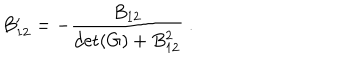
B _ { 1 2 } ^ { \prime } = - { \frac { B _ { 1 2 } } { \det ( G ) + B _ { 1 2 } ^ { 2 } } } ~ .